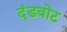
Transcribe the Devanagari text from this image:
दंडवोट